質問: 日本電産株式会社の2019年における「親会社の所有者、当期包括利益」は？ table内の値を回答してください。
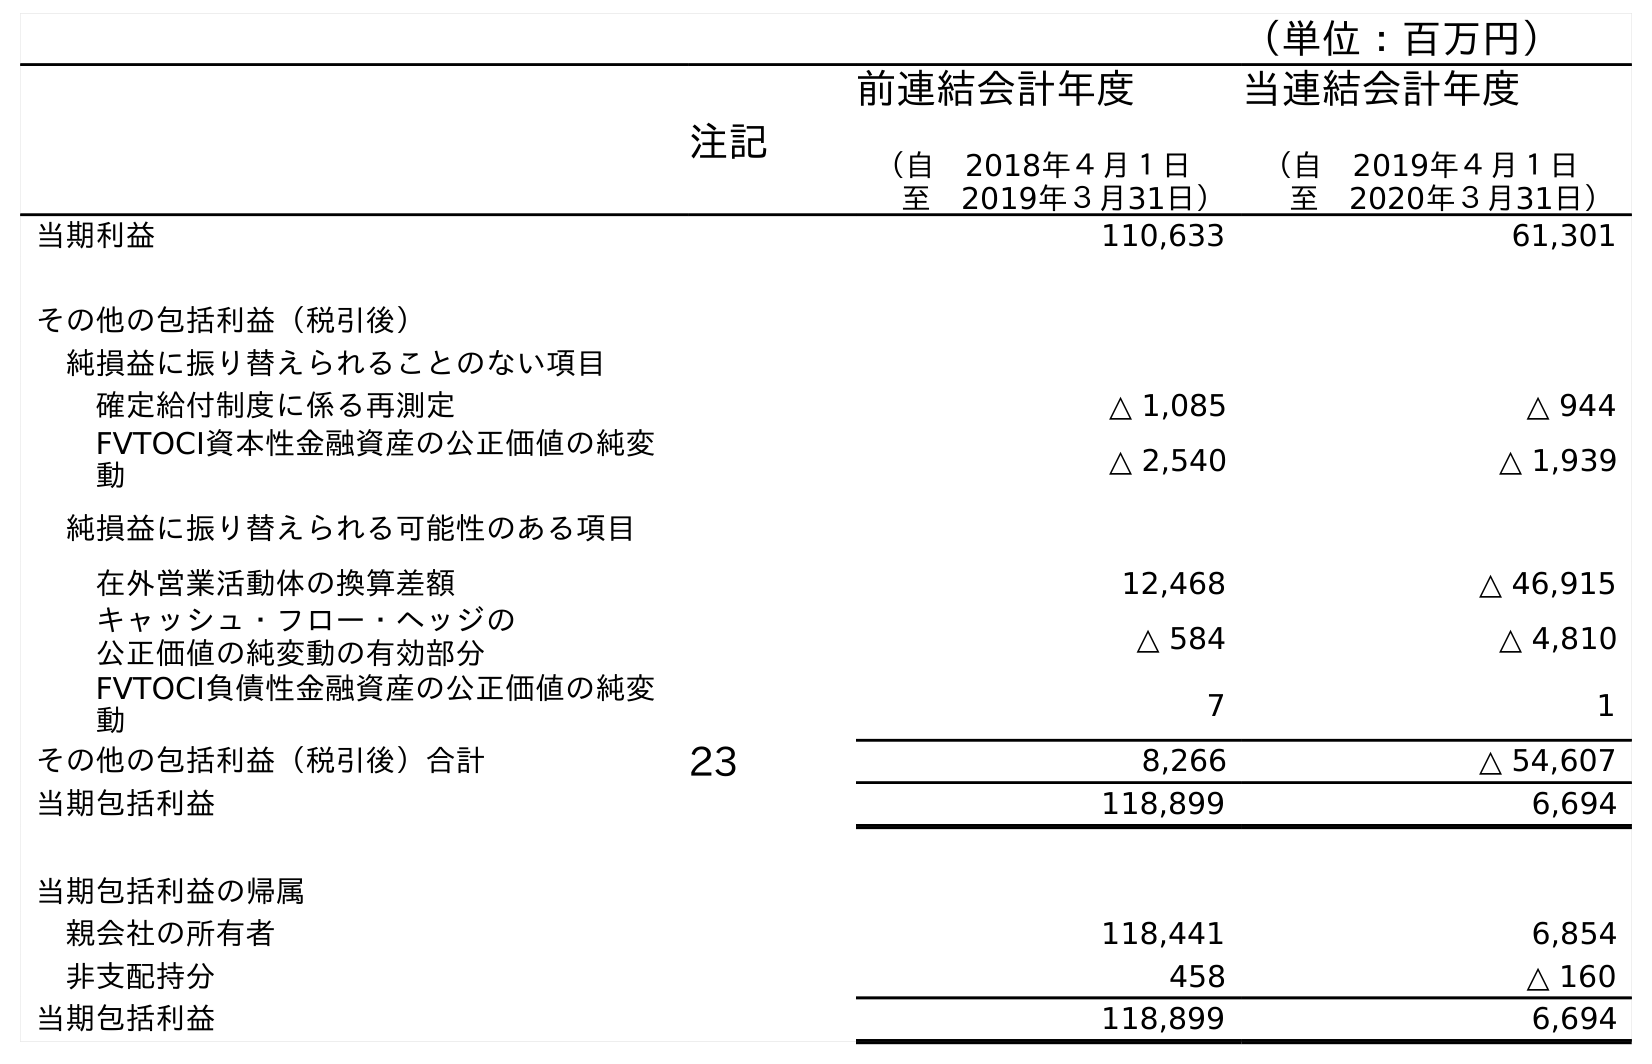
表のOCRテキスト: （単位：百万円） 注記 前連結会計年度 （自 2018年４月１日 至 2019年３月31日） 当連結会計年度 （自 2019年４月１日 至 2020年３月31日） 当期利益 110,633 61,301 その他の包括利益（税引後） 純損益に振り替えられることのない項目 確定給付制度に係る再測定 △ 1,085 △ 944 FVTOCI資本性金融資産の公正価値の純変 動 △ 2,540 △ 1,939 純損益に振り替えられる可能性のある項目 在外営業活動体の換算差額 12,468 △ 46,915 キャッシュ・フロー・ヘッジの 公正価値の純変動の有効部分 △ 584 △ 4,810 FVTOCI負債性金融資産の公正価値の純変 動 7 1 その他の包括利益（税引後）合計 23 8,266 △ 54,607 当期包括利益 118,899 6,694 当期包括利益の帰属 親会社の所有者 118,441 6,854 非支配持分 458 △ 160 当期包括利益 118,899 6,694
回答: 118,441